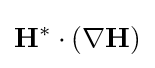
{\mathbf {H} }^{*}\cdot (\nabla {\mathbf {H} })